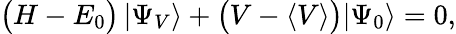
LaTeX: \begin{array}{r}{\big(H-E_{0}\big)\, |\Psi_{V}\rangle+\big(V-\langle V\rangle\big)|\Psi_{0}\rangle=0,}\end{array}